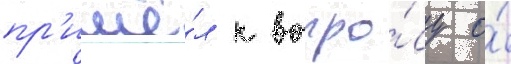
пр'ишё́л к вопро́су о́